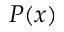
P ( x )